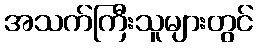
အသက်ကြီးသူများတွင်